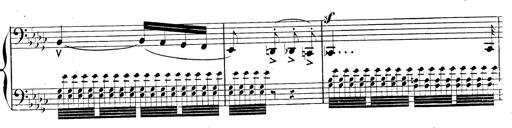
Title: AnnÃ©es de pÃ¨lerinage II, SupplÃ©ment
Composer: Franz Liszt